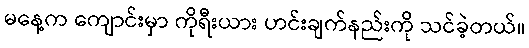
မနေ့က ကျောင်းမှာ ကိုရီးယား ဟင်းချက်နည်းကို သင်ခဲ့တယ်။